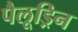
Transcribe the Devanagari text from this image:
पैलूड्रिन